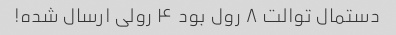
دستمال توالت ۸ رول بود ۴ رولی ارسال شده!